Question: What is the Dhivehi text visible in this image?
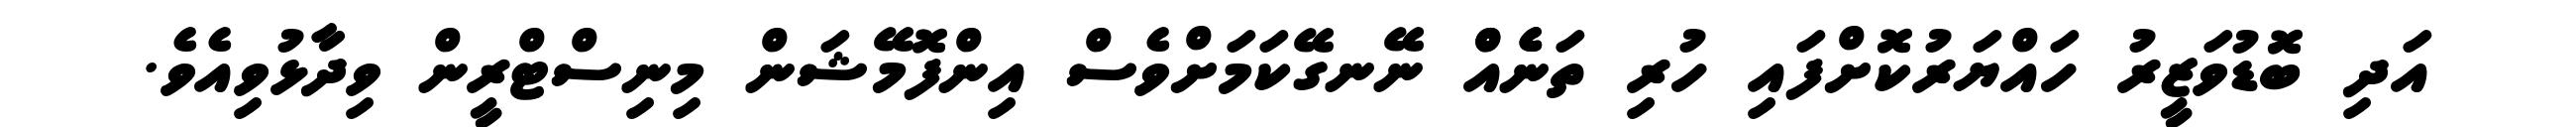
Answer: އަދި ބޮޑުވަޒީރު ހައްޔަރުކޮށްފައި ހުރި ތަނެެއްް ނޭނގޭކަމަށްވެސް އިންފޮމޭޝަން މިނިސްޓްރީން ވިދާޅުވިއެވެ.